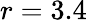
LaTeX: r=3.4